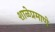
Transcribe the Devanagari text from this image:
शाळेप्रमाणे